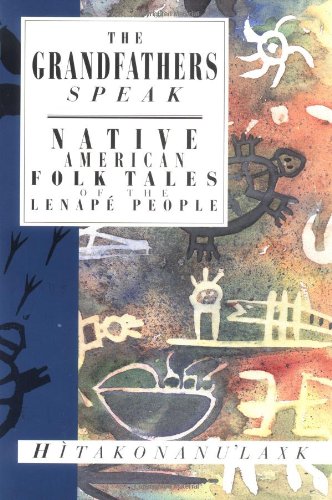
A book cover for The Grandfathers Speak: Native American Folk Tales of the Lenape People (International Folk Tales); Hitakonanulaxk; Literature & Fiction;